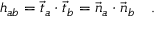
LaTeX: h _ { a b } = \vec { t } _ { a } \cdot \vec { t } _ { b } = \vec { n } _ { a } \cdot \vec { n } _ { b } \quad .